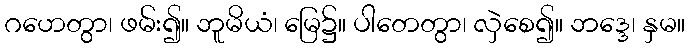
ဂဟေတွာ၊ ဖမ်း၍။ ဘူမိယံ၊ မြေ၌။ ပါတေတွာ၊ လှဲစေ၍။ ဘဒ္ဒေ၊ နှမ။